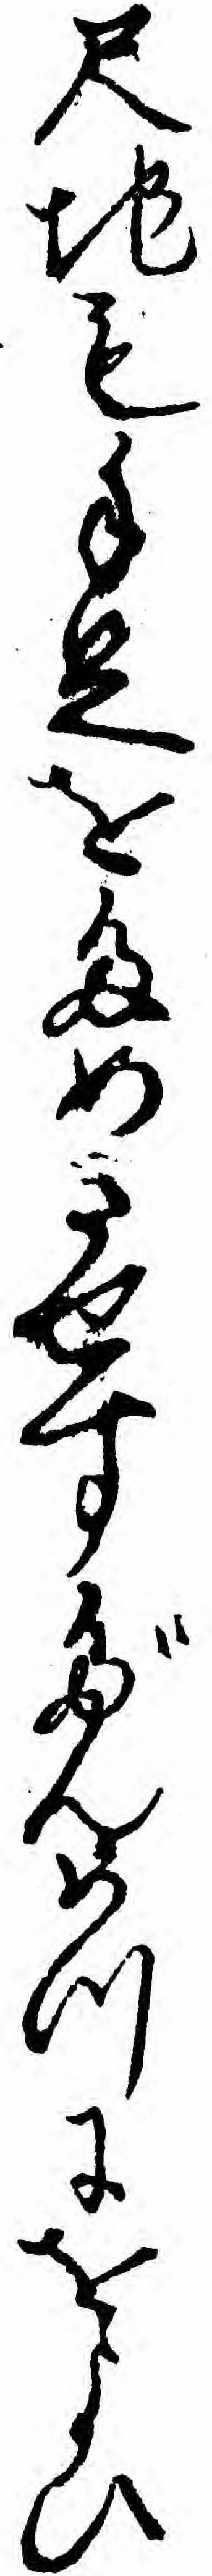
尺地も手足をためさせすだんめつにをよひ